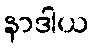
နာဒါယ